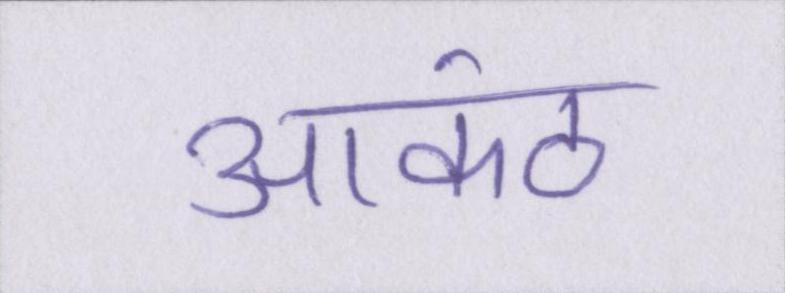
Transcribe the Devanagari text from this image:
आकंठ